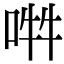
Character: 𠵮